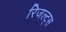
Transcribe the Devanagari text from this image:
रिजल्ट्स